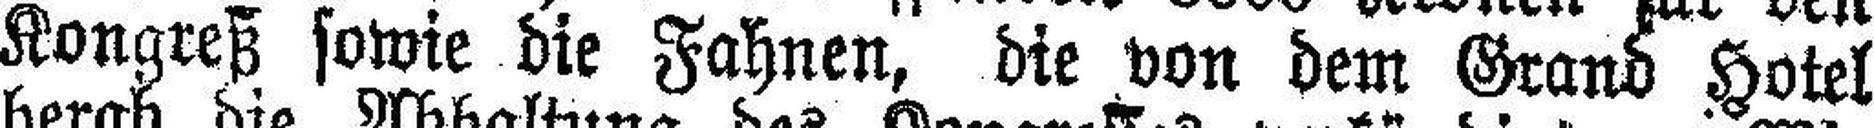
Kongreß sowie die Fahnen, die von dem Grand Hotel